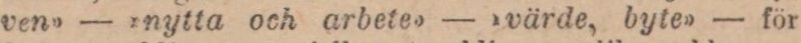
ven» — »nytta och arbete» — »värde, byte» — för